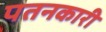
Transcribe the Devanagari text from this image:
पतनकारी